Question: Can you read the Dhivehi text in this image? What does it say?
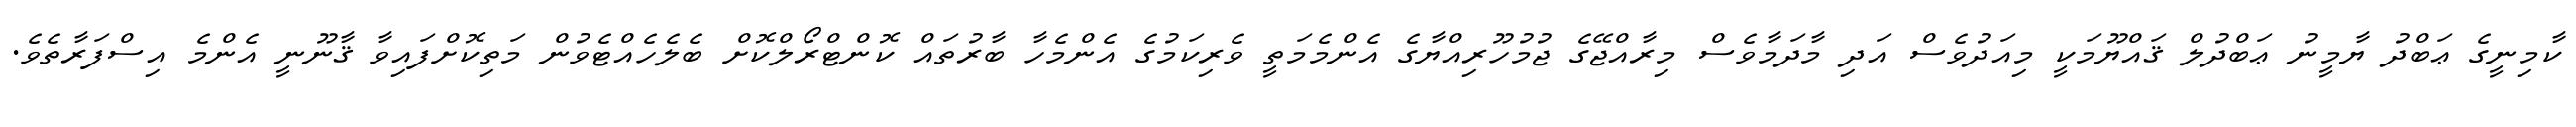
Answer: ކާމިނީގެ ޢަބްދު ޔާމީނު ޢަބްދުލް ޤައްޔޫމަކީ މިއަދުވެސް އަދި މާދަމާވެސް މިރާއްޖޭގެ ޖުމުހޫރިއްޔާގެ އެންމެމަތީ ވެރިކަމުގެ އެންމެހާ ބާރުތައް ކޮންޓްރޯލްކޮށް ބެލެހެއްޓެވުން މަތިކޮށްފައިވާ ޤާނޫނީ އެންމެ އިސްފަރާތެވެ.